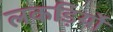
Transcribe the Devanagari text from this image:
लकड़िर्यो